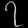
Digit: ၇